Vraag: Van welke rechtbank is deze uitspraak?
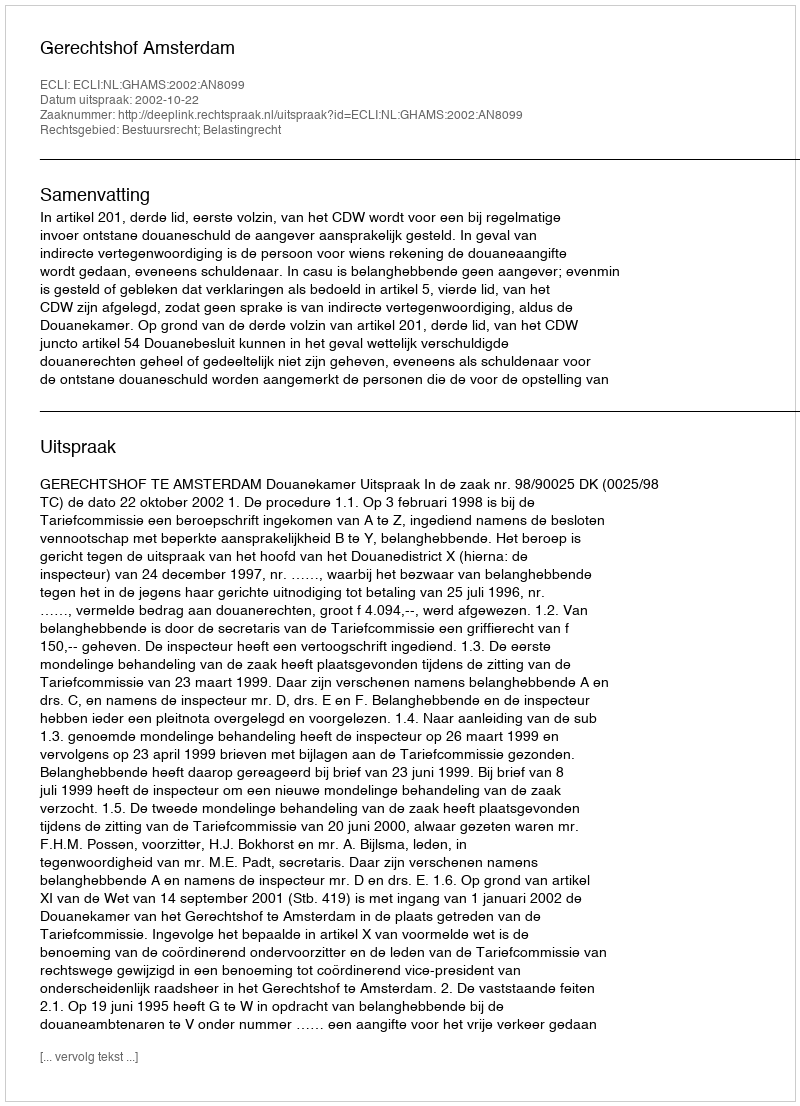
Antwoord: Gerechtshof Amsterdam